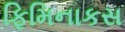
ફિમિનાકસ